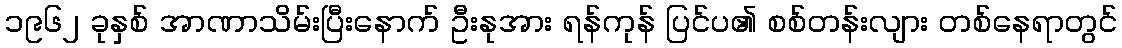
၁၉၆၂ ခုနှစ် အာဏာသိမ်းပြီးနောက် ဦးနုအား ရန်ကုန် ပြင်ပ၏ စစ်တန်းလျား တစ်နေရာတွင်